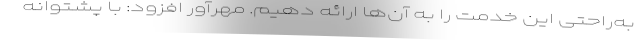
به‌راحتی این خدمت را به آن‌ها ارائه دهیم. مهرآور افزود: با پشتوانه